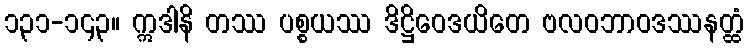
၁၃၁-၁၄၃။ ဣဒါနိ တဿ ပစ္စယဿ ဒိဋ္ဌိဝေဒယိတေ ဗလဝဘာဝဒဿနတ္ထံ